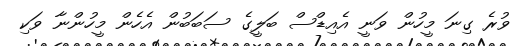
ވުރެ ގިނަ މީހުން ވަނީ އެއިޑްސް ބަލީގެ ސަބަބުން އެހެން މީހުންނާ ވަކި